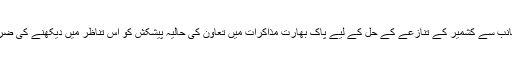
چین کی جانب سے کشمیر کے تنازعے کے حل کے لیے پاک بھارت مذاکرات میں تعاون کی حالیہ پیشکش کو اس تناظر میں دیکھنے کی ضرورت ہے۔